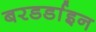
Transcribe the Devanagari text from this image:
बरडर्डाइन